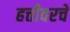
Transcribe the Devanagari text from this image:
हत्तीवरचे